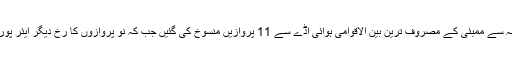
موسم کی خرابی کی وجہ سے ممبئی کے مصروف ترین بین الاقوامی ہوائی اڈے سے 11 پروازیں منسوخ کی گئیں جب کہ نو پروازوں کا رخ دیگر ایئر پورٹس کی جانب موڑا گیا۔